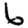
Digit: 6